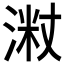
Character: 𱧦